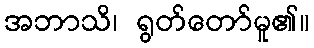
အဘာသိ၊ ရွတ်တော်မူ၏။